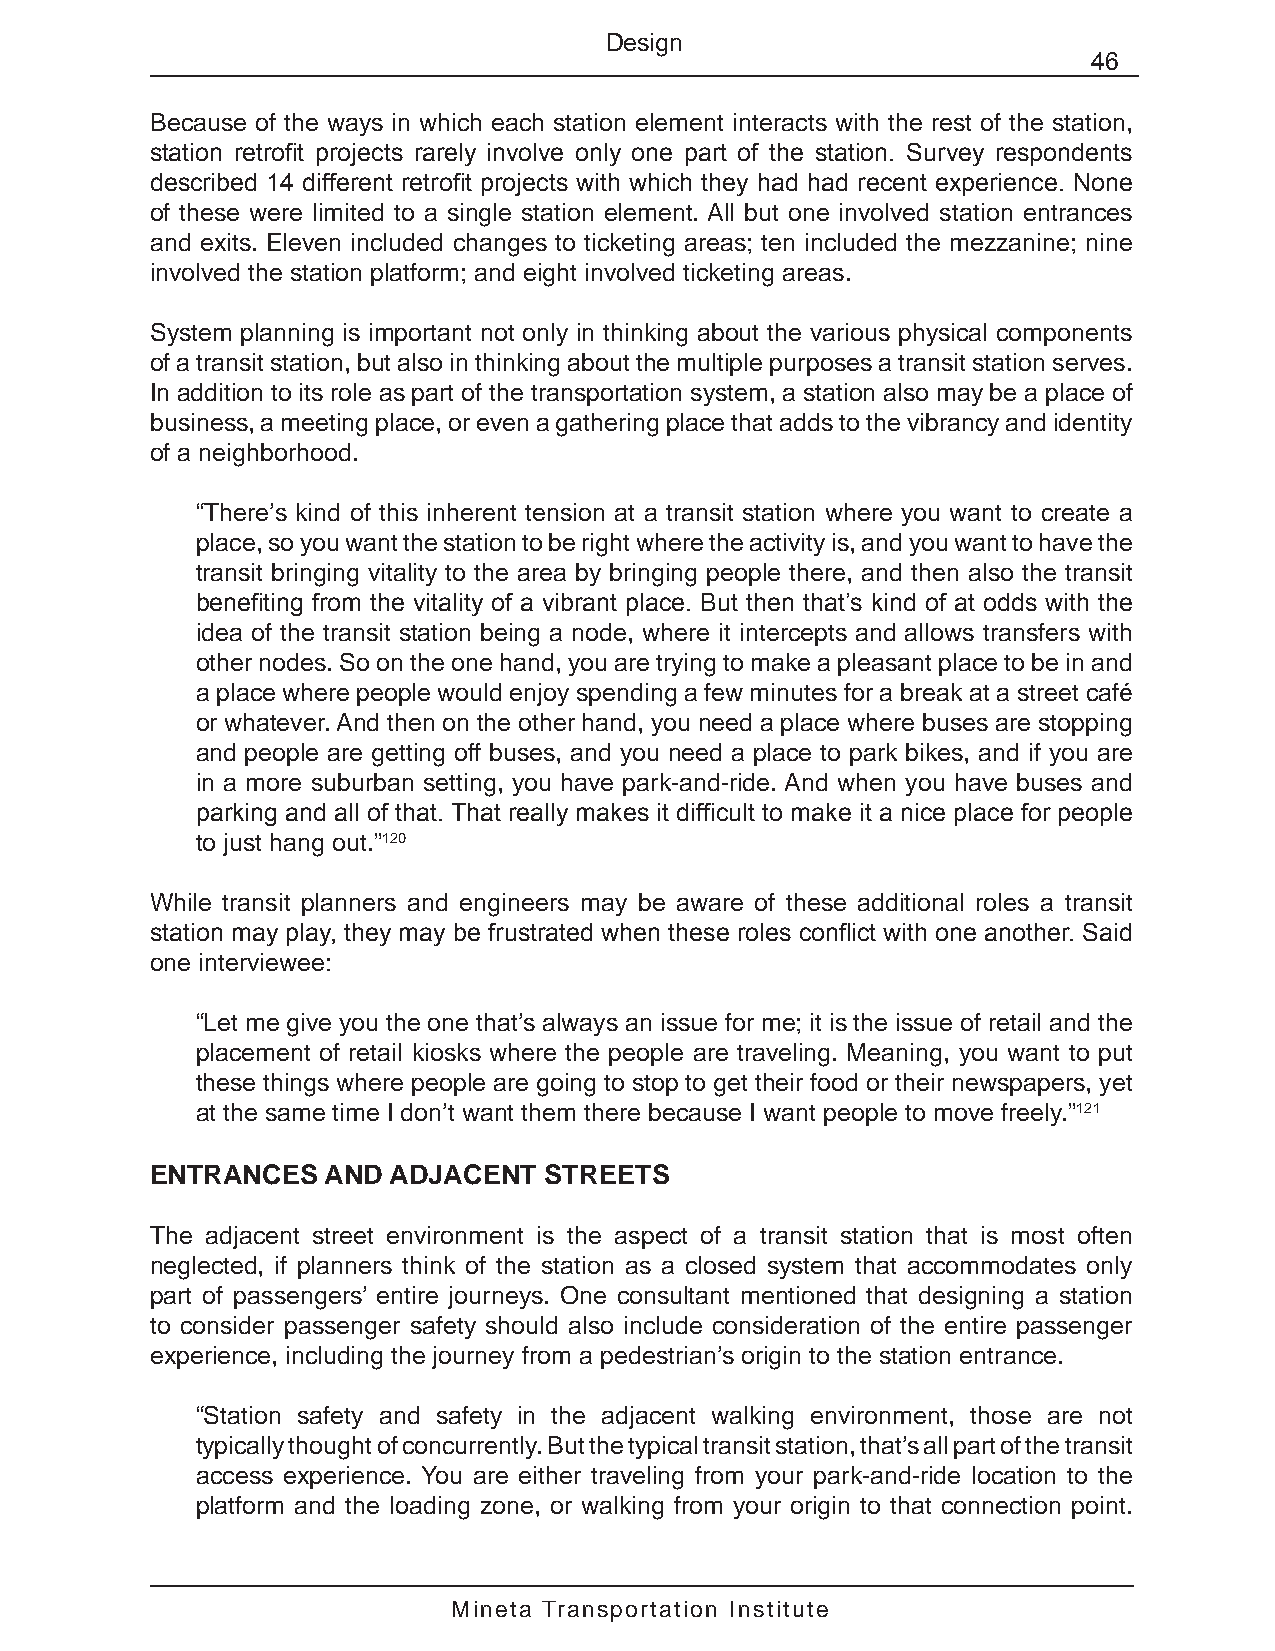
Design
 46
 Because of the ways in which each station element interacts with the rest of the station,
 station retrofit projects rarely involve only one part of the station. Survey respondents
 described 14 different retrofit projects with which they had had recent experience. None
 of these were limited to a single station element. All but one involved station entrances
 and exits. Eleven included changes to ticketing areas; ten included the mezzanine; nine
 involved the station platform; and eight involved ticketing areas.
 System planning is important not only in thinking about the various physical components
 of a transit station, but also in thinking about the multiple purposes a transit station serves.
 In addition to its role as part of the transportation system, a station also may be a place of
 business, a meeting place, or even a gathering place that adds to the vibrancy and identity
 of a neighborhood.
 “There’s kind of this inherent tension at a transit station where you want to create a
 place, so you want the station to be right where the activity is, and you want to have the
 transit bringing vitality to the area by bringing people there, and then also the transit
 benefiting from the vitality of a vibrant place. But then that’s kind of at odds with the
 idea of the transit station being a node, where it intercepts and allows transfers with
 other nodes. So on the one hand, you are trying to make a pleasant place to be in and
 a place where people would enjoy spending a few minutes for a break at a street café
 or whatever. And then on the other hand, you need a place where buses are stopping
 and people are getting off buses, and you need a place to park bikes, and if you are
 in a more suburban setting, you have park-and-ride. And when you have buses and
 parking and all of that. That really makes it difficult to make it a nice place for people
 to just hang out.”120
 While transit planners and engineers may be aware of these additional roles a transit
 station may play, they may be frustrated when these roles conflict with one another. Said
 one interviewee:
 “Let me give you the one that’s always an issue for me; it is the issue of retail and the
 placement of retail kiosks where the people are traveling. Meaning, you want to put
 these things where people are going to stop to get their food or their newspapers, yet
 at the same time I don’t want them there because I want people to move freely.”121
 ENTRANCES   AND ADJACENT  STREETS
 The adjacent street environment is the aspect of a transit station that is most often
 neglected, if planners think of the station as a closed system that accommodates only
 part of passengers’ entire journeys. One consultant mentioned that designing a station
 to consider passenger safety should also include consideration of the entire passenger
 experience, including the journey from a pedestrian’s origin to the station entrance.
 “Station safety and safety in the adjacent walking environment, those are not
 typically thought of concurrently. But the typical transit station, that’s all part of the transit
 access experience. You are either traveling from your park-and-ride location to the
 platform and the loading zone, or walking from your origin to that connection point.
 Mineta Transportation Institute